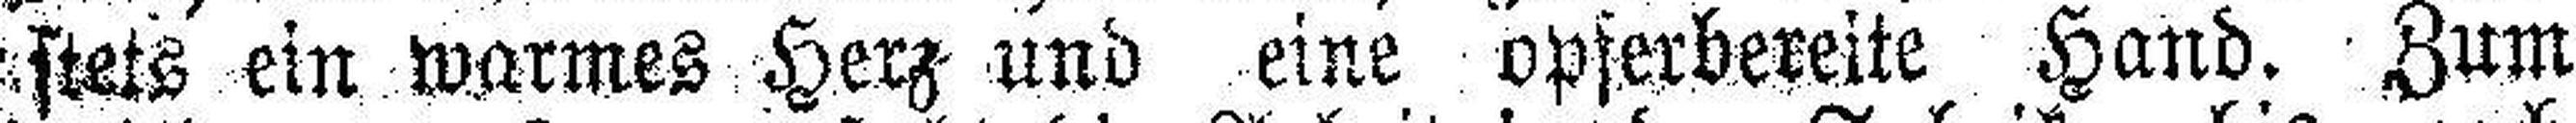
stets ein warmes Herz und eine opferbereite Hand. Zum